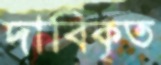
দাবিকৃত